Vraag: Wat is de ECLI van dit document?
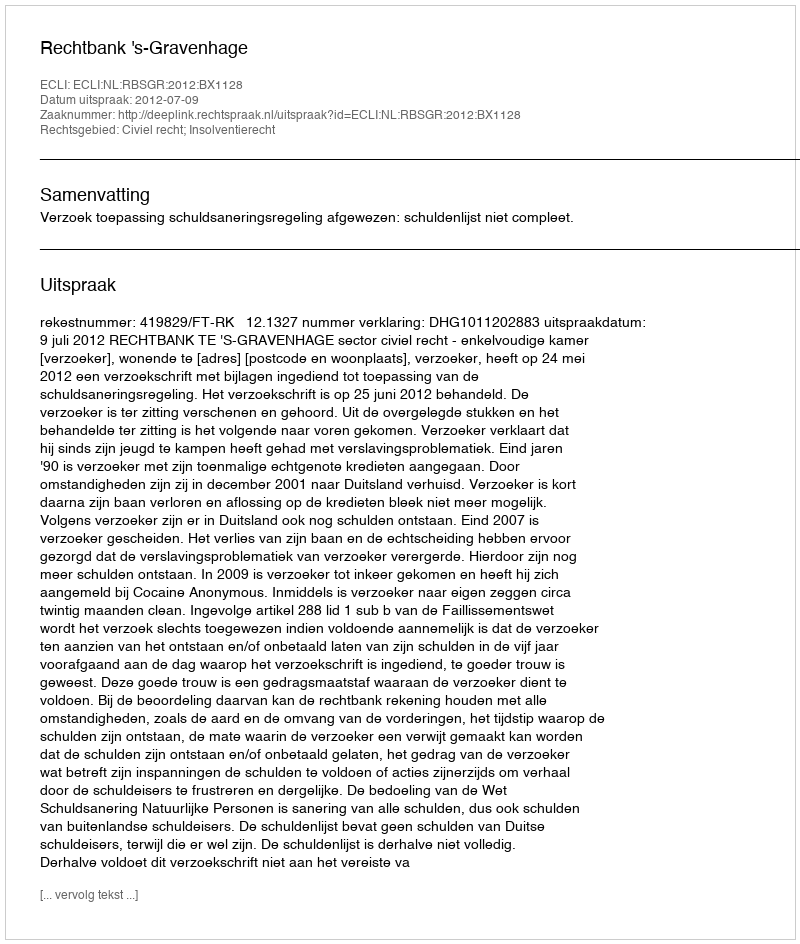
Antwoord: ECLI:NL:RBSGR:2012:BX1128